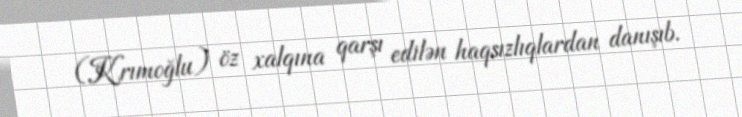
(Krımoğlu) öz xalqına qarşı edilən haqsızlıqlardan danışıb.